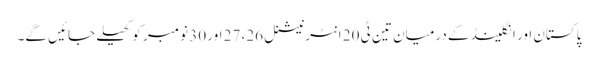
پاکستان اور انگلینڈ کے درمیان تین ٹی 20 انٹرنیشنل 26، 27 اور 30 نومبر کو کھیلے جائیں گے۔